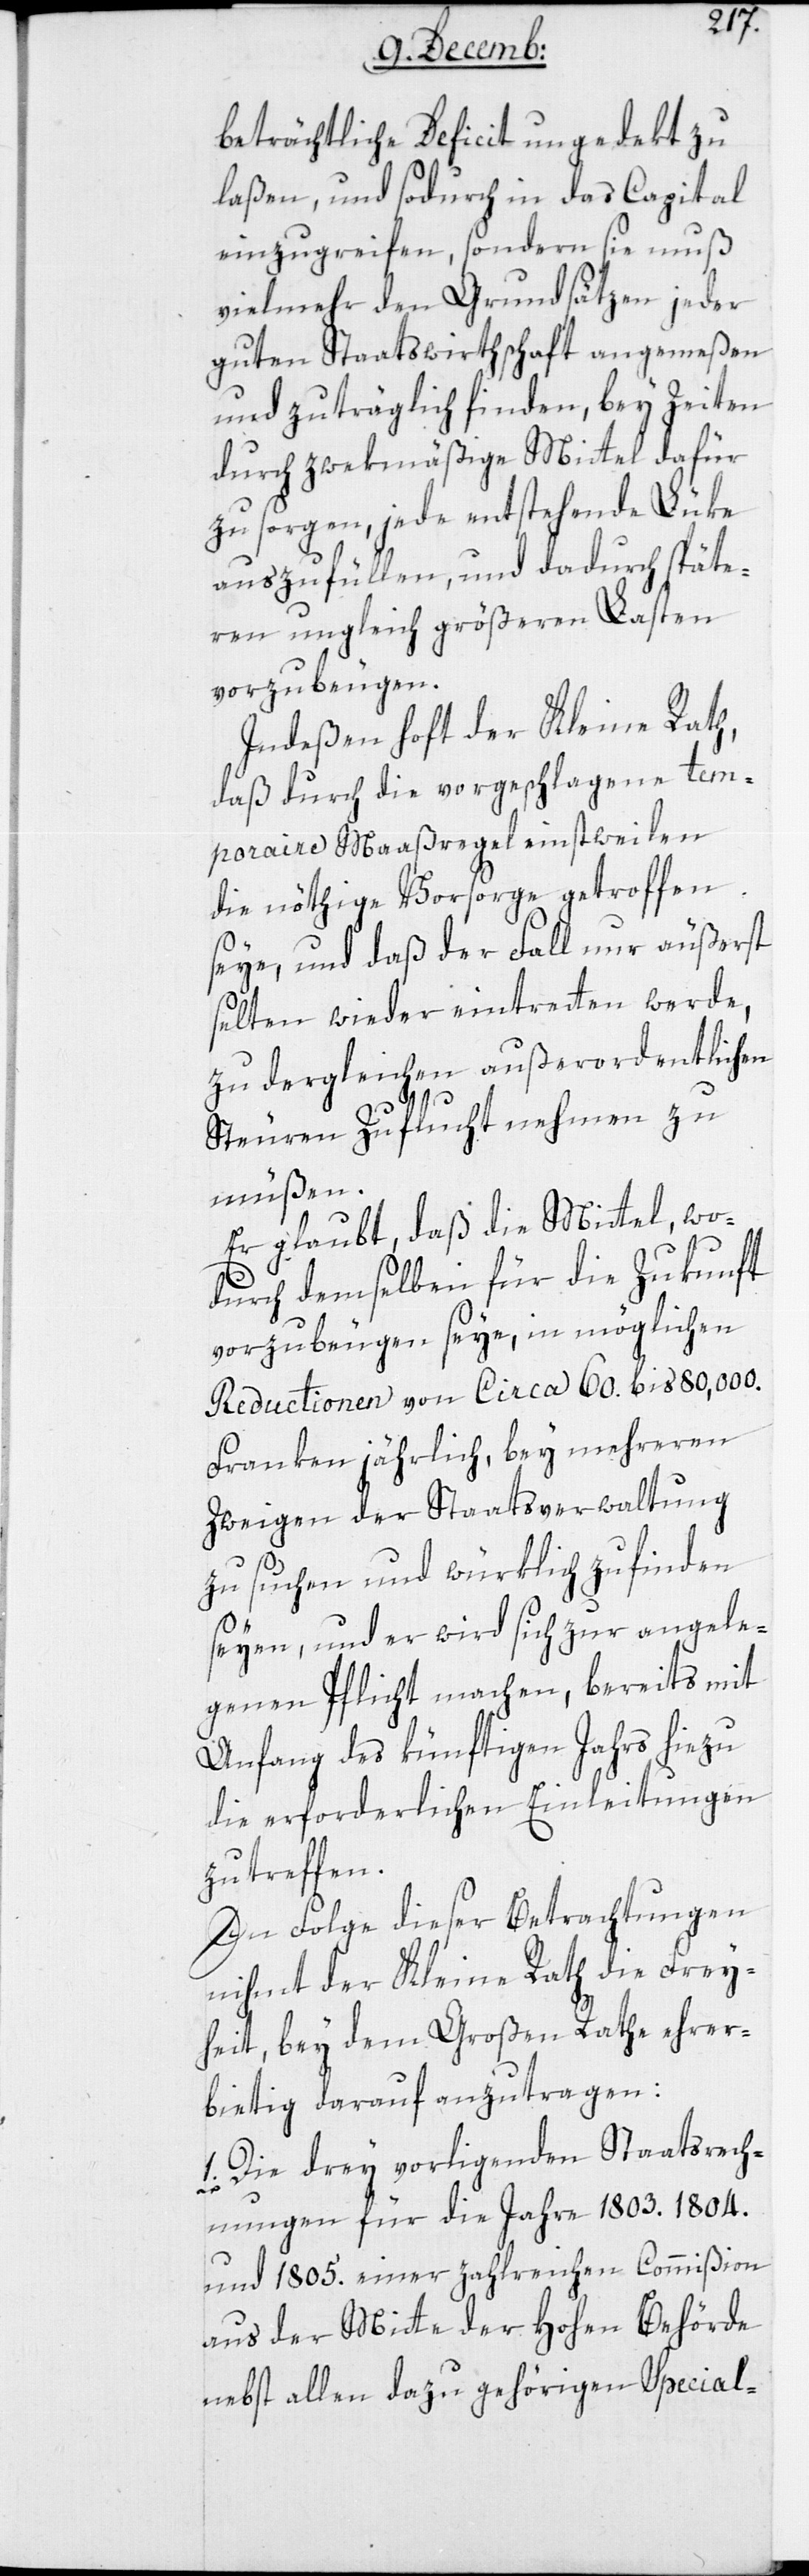
berträchtliche Deficit ungedekt zu
laßen, und sodurch in das Capital
einzugreifen, sondern sie muß
vielmehr den Grundsätzen jeder
guten Staatswirthschaft angemeßen
und zuträglich finden, bey Zeiten
durch zwekmäßige Mittel dafür
zu sorgen, jede entstehende Lüke
auszufüllen, und dadurch späte¬
ren ungleich größeren Lasten
vorzubeugen.
Indeßen hofft der Kleine Rath,
daß durch die vorgeschlagene tem¬
poraire Maaßregel einstweilen
die nöthige Vorsorge getroffen
seye, und daß der Fall nur äußerst
selten wieder eintreten werde,
zu dergleichen außerordentlichen
Steuern Zuflucht nehmen zu
müßen.
Er glaubt, daß die Mittel, wo¬
durch demselben für die Zukunft
vorzubeugen seye, in möglichen
Reductionen von circa 60. bis 80 000.
Franken jährlich, bey mehreren
Zweigen der Staatsverwaltung
zu suchen und würklich zu finden
seyen, und er wird sich zur angele¬
genen Pflicht machen, bereits mit
Anfang des künftigen Jahrs hiezu
die erforderlichen Einleitungen
zu treffen.
In Folge dieser Betrachtungen
nihmt der Kleine Rath die Frey¬
heit, bey dem Großen Rathe ehrer¬
bietig darauf anzutragen:
1. Die drey vorliegenden Staatsrech¬
nungen für die Jahre 1803. 1804.
und 1805. einer zahlreichen Commißion
aus der Mitte der hohen Behörde
nebst allen dazu gehörigen Special-